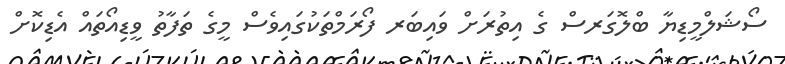
ސޯޝަލްމީޑިޔާ ބްލޮގަރސް ގެ އިތުރަށް ވައިބަރ ފޯރަމްތަކުގައިވެސް މީގެ ތަފާތު ވީޑިއޯތައް އެޑިކޮށް